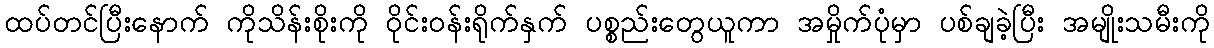
ထပ်တင်ပြီးနောက် ကိုသိန်းစိုးကို ဝိုင်းဝန်းရိုက်နှက် ပစ္စည်းတွေယူကာ အမှိုက်ပုံမှာ ပစ်ချခဲ့ပြီး အမျိုးသမီးကို